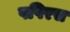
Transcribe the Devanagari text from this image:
पपिरस